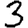
Digit: 3